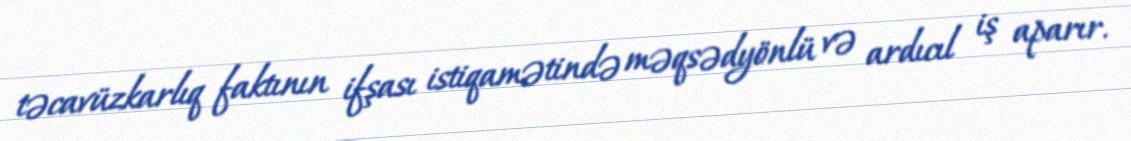
təcavüzkarlıq faktının ifşası istiqamətində məqsədyönlü və ardıcıl iş aparır.